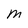
Character: M